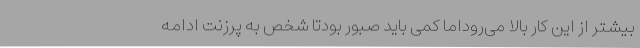
بیشتر از این کار بالا می‌روداما کمی باید صبور بودتا شخص به پرزنت ادامه